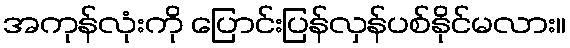
အကုန်လုံးကို ပြောင်းပြန်လှန်ပစ်နိုင်မလား။